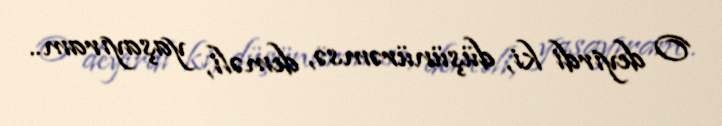
O deyirdi ki, düşünürəmsə, deməli, yaşayıram..